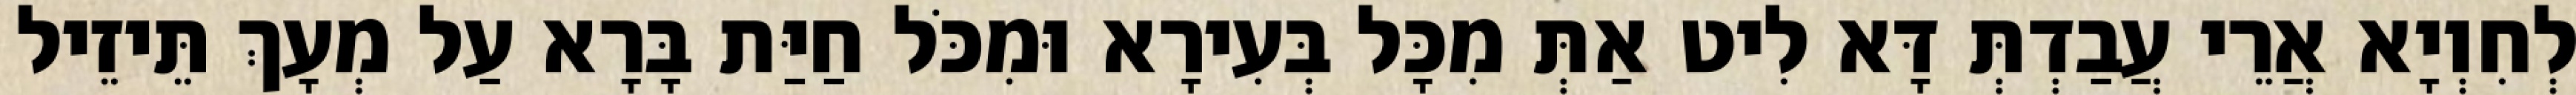
לְחִוְיָא אֲרֵי עֲבַדְתְּ דָּא לִיט אַתְּ מִכָּל בְּעִירָא וּמִכֹּל חַיַּת בָּרָא עַל מְעָךְ תֵּיזֵיל